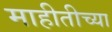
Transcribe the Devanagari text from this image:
माहीतीच्या